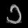
Digit: ၁